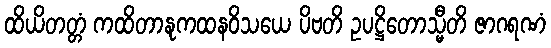
ထိယိတတ္တံ ကထိတာနုကထနဝိသယေ ပိဗတိ ဥပဋ္ဌိတောသ္မီတိ ဇာဂရဏံ